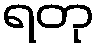
ရတု